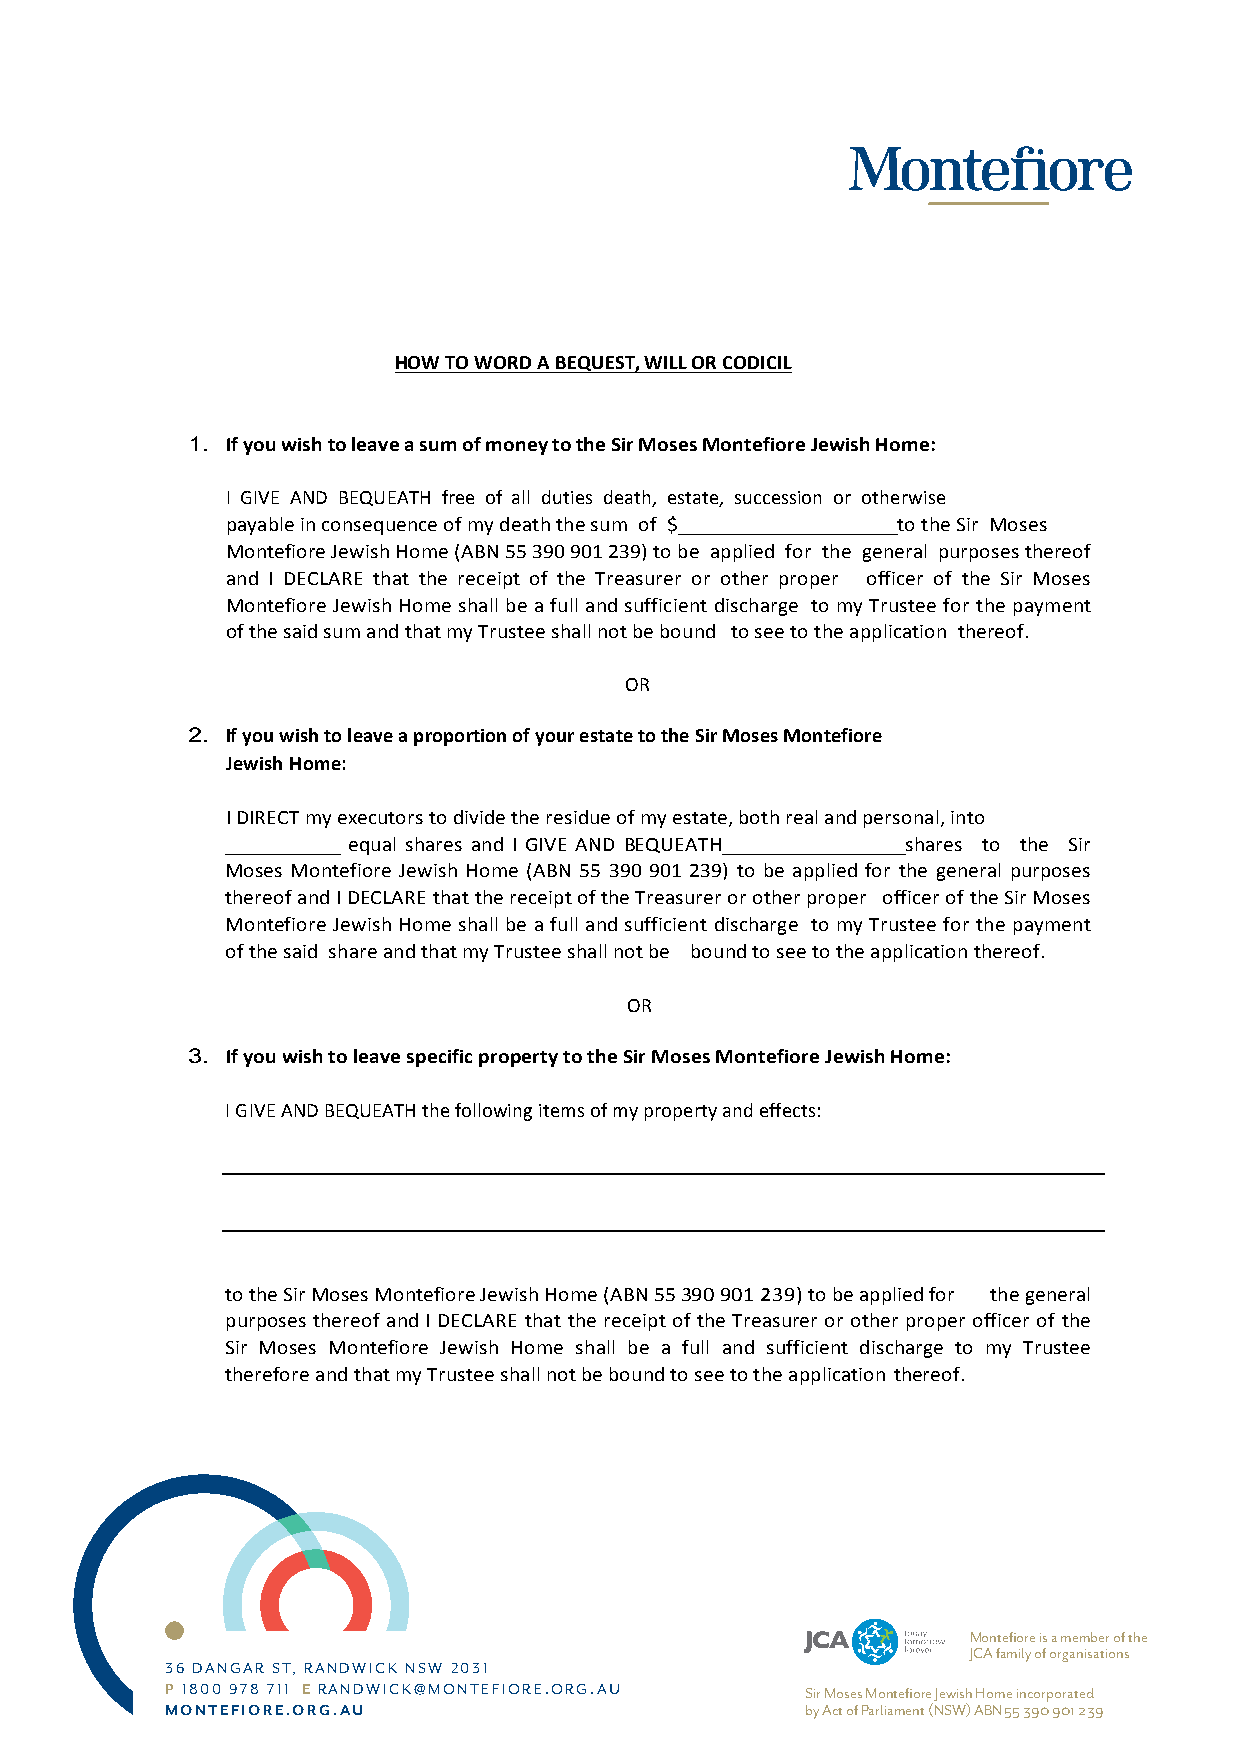
HOW TO WORD A BEQUEST, WILL OR CODICIL
 1. If you wish to leave a sum of money to the Sir Moses Montefiore Jewish Home:
 I GIVE AND BEQUEATH free of all duties death, estate, succession or otherwise
 payable in consequence of my death the sum of $ to the Sir Moses
 Montefiore Jewish Home (ABN 55 390 901 239) to be applied for the general purposes thereof
 and I DECLARE that the receipt of the Treasurer or other proper officer of the Sir Moses
 Montefiore Jewish Home shall be a full and sufficient discharge to my Trustee for the payment
 of the said sum and that my Trustee shall not be bound to see to the application thereof.
 OR
 2. If you wish to leave a proportion of your estate to the Sir Moses Montefiore
 Jewish Home:
 I DIRECT my executors to divide the residue of my estate, both real and personal, into
 equal shares and I GIVE AND BEQUEATH shares to the Sir
 Moses Montefiore Jewish Home (ABN 55 390 901 239) to be applied for the general purposes
 thereof and I DECLARE that the receipt of the Treasurer or other proper officer of the Sir Moses
 Montefiore Jewish Home shall be a full and sufficient discharge to my Trustee for the payment
 of the said share and that my Trustee shall not be bound to see to the application thereof.
 OR
 3. If you wish to leave specific property to the Sir Moses Montefiore Jewish Home:
 I GIVE AND BEQUEATH the following items of my property and effects:
 to the Sir Moses Montefiore Jewish Home (ABN 55 390 901 239) to be applied for the general
 purposes thereof and I DECLARE that the receipt of the Treasurer or other proper officer of the
 Sir Moses Montefiore Jewish Home shall be a full and sufficient discharge to my Trustee
 therefore and that my Trustee shall not be bound to see to the application thereof.
 Montefiore is a member of the
 JCA family of organisations
 3 6 DANGAR ST, RANDWICK NSW 2031
 P 1800 978 711 E RANDWICK@MONTEFIORE.ORG.AU Sir Moses Montefiore Jewish Home incorporated
 MONTEFIORE.ORG.AU                         by Act of Parliament (NSW) ABN 55 390 901 239